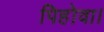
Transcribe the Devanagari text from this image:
पिहोवा।